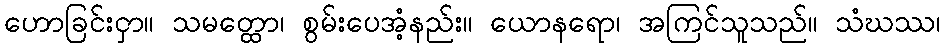
ဟောခြင်းငှာ။ သမတ္ထော၊ စွမ်းပေအံ့နည်း။ ယောနရော၊ အကြင်သူသည်။ သံဃဿ၊